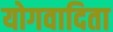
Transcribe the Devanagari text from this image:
योगवादिता